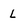
Character: L